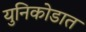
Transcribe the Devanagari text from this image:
युनिकोडात